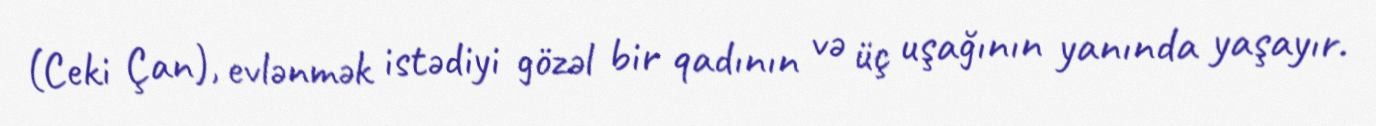
(Ceki Çan), evlənmək istədiyi gözəl bir qadının və üç uşağının yanında yaşayır.